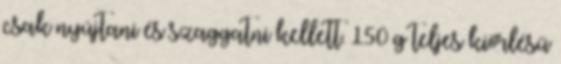
csak nyújtani és szaggatni kellett. 150 g teljes kiőrlésű